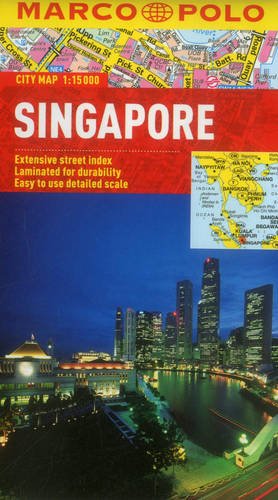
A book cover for Singapore Marco Polo City Map (Marco Polo City Maps); Marco Polo Travel; Travel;